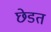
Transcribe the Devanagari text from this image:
छेडत